Document type: Emphyteutic lease
Year: 1281
Scribe: Pere Marquès
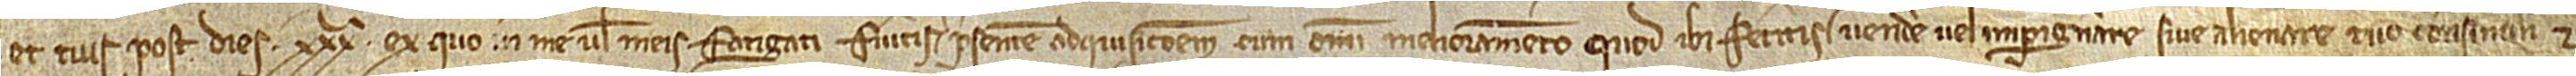
et tuis post dies XXXª ex quo in me vel meis fatigati fueritis presentem adquisicionem cum omni melioramento quod ibi feceritis vendere vel impignorare sive alienare tu consimili et